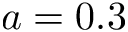
a = 0 . 3